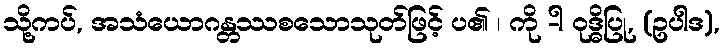
သို့ကပ်, အသံယောဂန္တဿစသောသုတ်ဖြင့် ပ၏ ၊ ကို -ါ ဝုဒ္ဓိပြု, (ဥပါဒ),